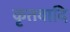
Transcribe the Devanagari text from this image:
कृतवादि